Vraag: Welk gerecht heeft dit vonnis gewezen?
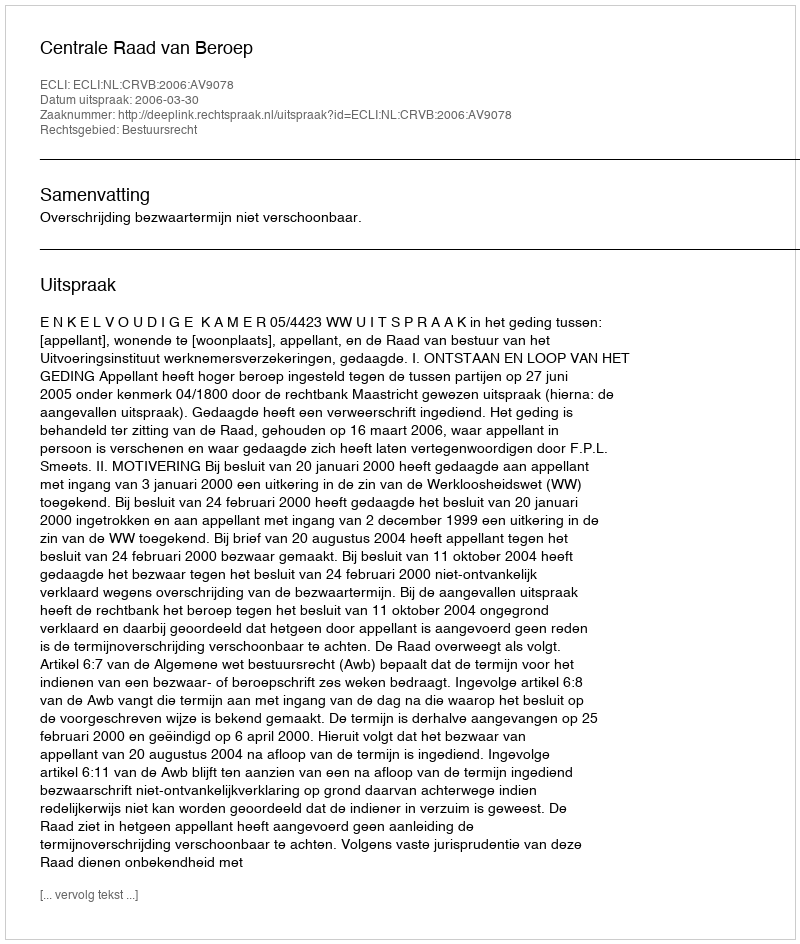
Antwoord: Centrale Raad van Beroep